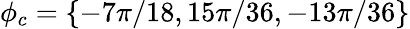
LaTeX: \phi_{c}=\left\{ -7\pi/18,15\pi/36,-13\pi/36\right\}